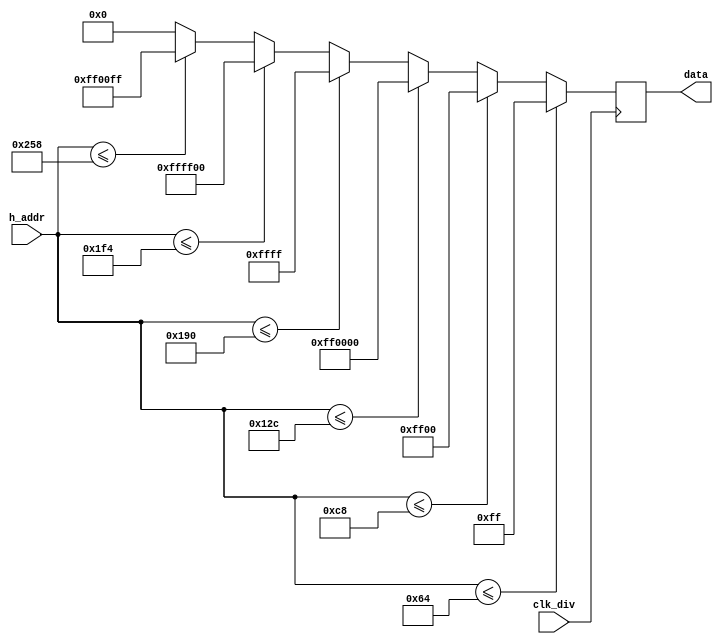
module shift_color(
	input clk_div,
	input [9:0] h_addr,
	output reg [23:0] data
 );
 
 always@(posedge clk_div)
 begin
		if(h_addr<=100)
			data=24'h0000ff;
		else if(h_addr<=200)
			data=24'h00ff00;
		else if(h_addr<=300)
			data=24'hff0000;
		else if(h_addr<=400)
			data=24'h00ffff;
		else if(h_addr<=500)
			data=24'hffff00;
		else if(h_addr <= 600)
			data=24'hff00ff;
		else
			data=24'h000000;
 end
 
 endmodule